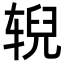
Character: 𫐐